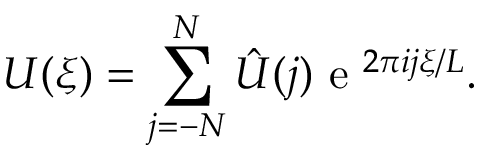
U ( \xi ) = \sum _ { j = - N } ^ { N } \hat { U } ( j ) \mathrm { ~ e ~ } ^ { 2 \pi i j \xi / L } .